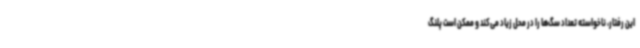
این رفتار، ناخواسته تعداد سگ‌ها را در محل زیاد می‌کند و ممکن است پلنگ